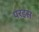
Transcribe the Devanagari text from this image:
परइस